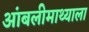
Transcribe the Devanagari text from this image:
आंबलीमाथ्याला